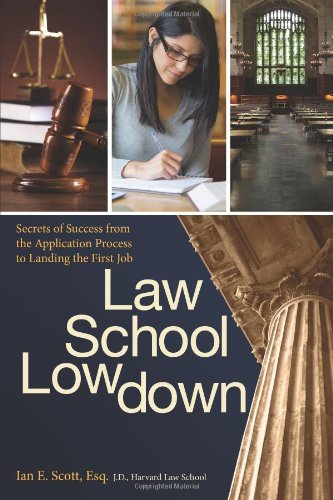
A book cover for Law School Lowdown: Secrets of Success from the Application Process to Landing the First Job; Ian E. Scott  Esq.  J.D.; Education & Teaching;